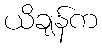
ယိချန်က